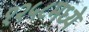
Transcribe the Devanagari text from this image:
१२५८मध्ये